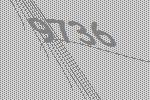
9736